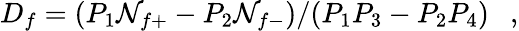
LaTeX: D_{f}=(P_{1}\mathcal{N}_{f+}-P_{2}\mathcal{N}_{f-})/(P_{1}P_{3}-P_{2}P_{4})~~~,